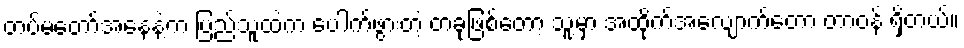
တပ်မတော်အနေနဲ့က ပြည်သူထဲက ပေါက်ဖွားတဲ့ တခုဖြစ်တော့ သူ့မှာ အထိုက်အလျောက်တော့ တာဝန် ရှိတယ်။